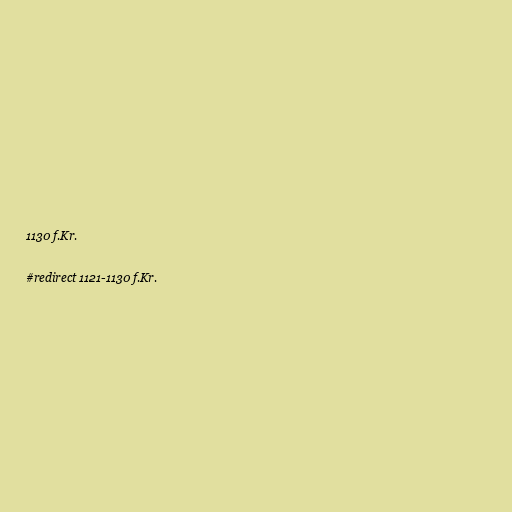
1130 f.Kr.

#redirect 1121-1130 f.Kr.